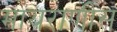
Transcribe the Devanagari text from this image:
मायराणीस